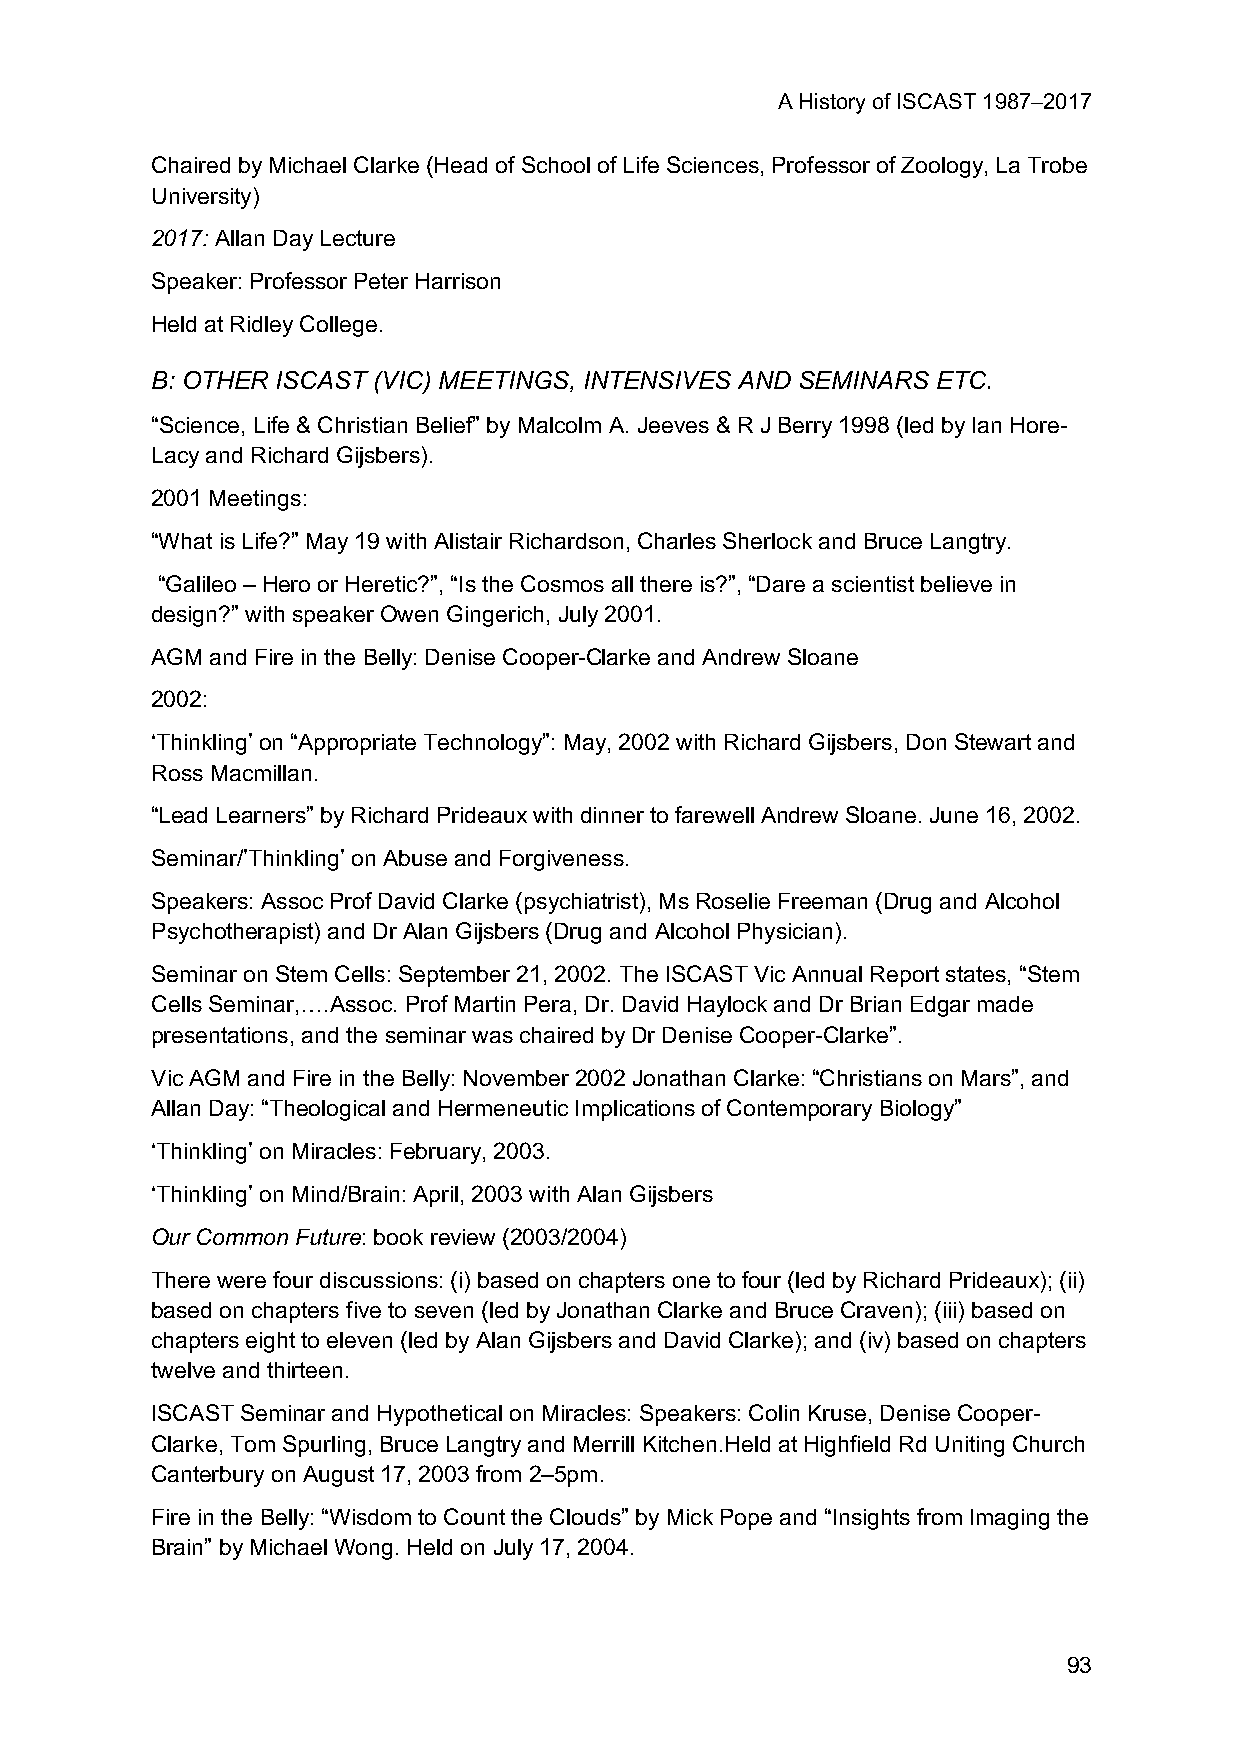
A History of ISCAST 1987–2017
 Chaired by Michael Clarke (Head of School of Life Sciences, Professor of Zoology, La Trobe
 University)
 2017: Allan Day Lecture
 Speaker: Professor Peter Harrison
 Held at Ridley College.
 B: OTHER ISCAST (VIC) MEETINGS, INTENSIVES AND SEMINARS ETC.
 “Science, Life & Christian Belief” by Malcolm A. Jeeves & R J Berry 1998 (led by Ian Hore-
 Lacy and Richard Gijsbers).
 2001 Meetings:
 “What is Life?” May 19 with Alistair Richardson, Charles Sherlock and Bruce Langtry.
 “Galileo – Hero or Heretic?”, “Is the Cosmos all there is?”, “Dare a scientist believe in
 design?” with speaker Owen Gingerich, July 2001.
 AGM and Fire in the Belly: Denise Cooper-Clarke and Andrew Sloane
 2002:
 ‘Thinkling’ on “Appropriate Technology”: May, 2002 with Richard Gijsbers, Don Stewart and
 Ross Macmillan.
 “Lead Learners” by Richard Prideaux with dinner to farewell Andrew Sloane. June 16, 2002.
 Seminar/’Thinkling’ on Abuse and Forgiveness.
 Speakers: Assoc Prof David Clarke (psychiatrist), Ms Roselie Freeman (Drug and Alcohol
 Psychotherapist) and Dr Alan Gijsbers (Drug and Alcohol Physician).
 Seminar on Stem Cells: September 21, 2002. The ISCAST Vic Annual Report states, “Stem
 Cells Seminar,….Assoc. Prof Martin Pera, Dr. David Haylock and Dr Brian Edgar made
 presentations, and the seminar was chaired by Dr Denise Cooper-Clarke”.
 Vic AGM and Fire in the Belly: November 2002 Jonathan Clarke: “Christians on Mars”, and
 Allan Day: “Theological and Hermeneutic Implications of Contemporary Biology”
 ‘Thinkling’ on Miracles: February, 2003.
 ‘Thinkling’ on Mind/Brain: April, 2003 with Alan Gijsbers
 Our Common Future: book review (2003/2004)
 There were four discussions: (i) based on chapters one to four (led by Richard Prideaux); (ii)
 based on chapters five to seven (led by Jonathan Clarke and Bruce Craven); (iii) based on
 chapters eight to eleven (led by Alan Gijsbers and David Clarke); and (iv) based on chapters
 twelve and thirteen.
 ISCAST Seminar and Hypothetical on Miracles: Speakers: Colin Kruse, Denise Cooper-
 Clarke, Tom Spurling, Bruce Langtry and Merrill Kitchen.Held at Highfield Rd Uniting Church
 Canterbury on August 17, 2003 from 2–5pm.
 Fire in the Belly: “Wisdom to Count the Clouds” by Mick Pope and “Insights from Imaging the
 Brain” by Michael Wong. Held on July 17, 2004.
 93